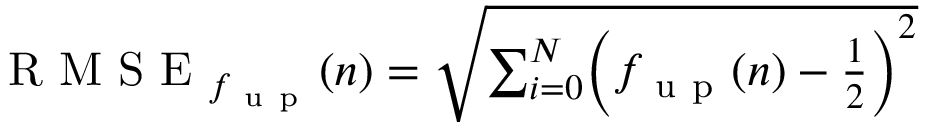
\begin{array} { r } { \mathrm { ~ R ~ M ~ S ~ E ~ } _ { f _ { \mathrm { ~ u ~ p ~ } } } ( n ) = \sqrt { \sum _ { i = 0 } ^ { N } \biggl ( f _ { \mathrm { ~ u ~ p ~ } } ( n ) - \frac { 1 } { 2 } \biggr ) ^ { 2 } } } \end{array}